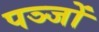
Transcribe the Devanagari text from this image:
पञ्जों